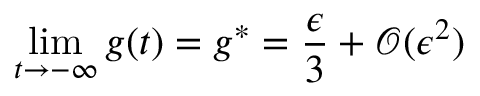
\operatorname * { l i m } _ { t \rightarrow - \infty } g ( t ) = g ^ { * } = \frac { \epsilon } { 3 } + \mathcal { O } ( \epsilon ^ { 2 } )